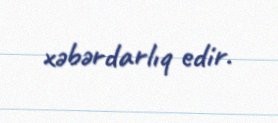
xəbərdarlıq edir.